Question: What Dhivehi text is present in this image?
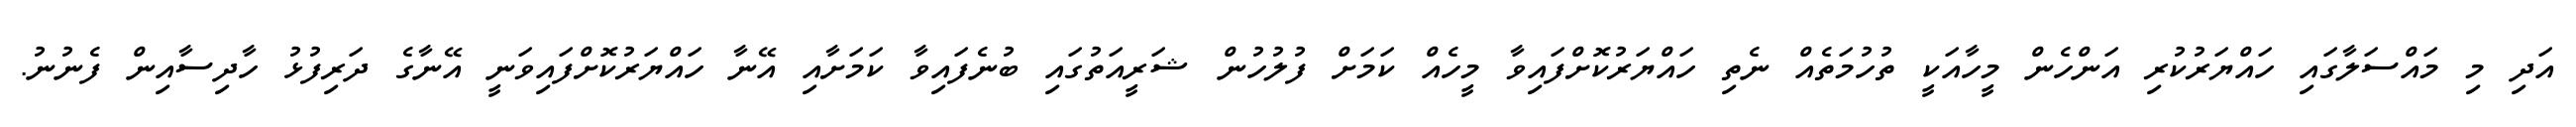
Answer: އަދި މި މައްސަލާގައި ހައްޔަރުކުރި އަންހެން މީހާއަކީ ތުހުމަތެއް ނެތި ހައްޔަރުކޮށްފައިވާ މީހެއް ކަމަށް ފުލުހުން ޝަރީއަތުގައި ބުނެފައިވާ ކަމަށާއި އޭނާ ހައްޔަރުކޮށްފައިވަނީ އޭނާގެ ދަރިފުޅު ހާދިސާއިން ފެނުނު.